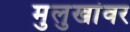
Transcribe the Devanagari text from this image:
मुलुखांवर